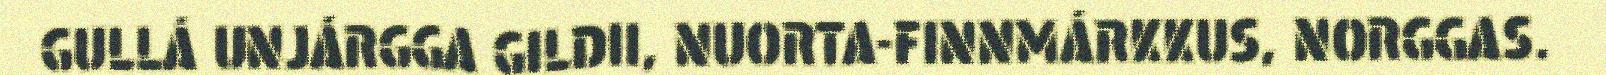
GULLÁ UNJÁRGGA GILDII, NUORTA-FINNMÁRKKUS, NORGGAS.